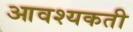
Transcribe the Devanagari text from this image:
आवश्यकती